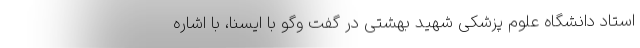
استاد دانشگاه علوم پزشکی شهید بهشتی در گفت وگو با ایسنا، با اشاره